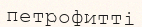
петрофитті